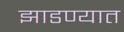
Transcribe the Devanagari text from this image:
झाडण्यात